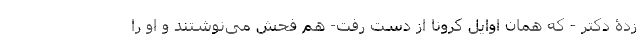
زدۀ دکتر - که همان اوایل کرونا از دست رفت- هم فحش می‌نوشتند و او را